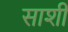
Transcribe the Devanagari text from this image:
साशी